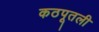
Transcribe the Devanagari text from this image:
कठपूतली